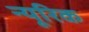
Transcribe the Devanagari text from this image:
न्यूरिक